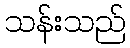
သန်းသည်